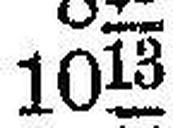
1013